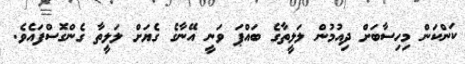
ކަންކަން މިހިސާބަށް ދިއުމުން ލަލީތާގެ ބައްޕަ ވަނީ އޭނާގެ ގެޔަށް ލަލީތާ ގެންގޮސްފައެވެ.